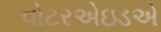
વોટરએઇડએ